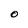
Character: O